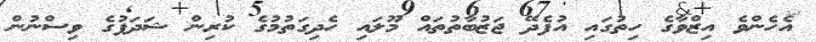
އެހެންވެ އިޒްވާގެ ހިތުގައި އުފެދޭ ޖަޒުބާތުތައް މޫލައި ހެދިގަތުމުގެ ކުރިން ޝަދަފުގެ ވިސްނުން